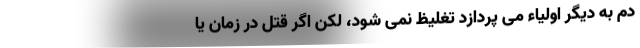
دم به دیگر اولیاء می پردازد تغلیظ نمی شود، لکن اگر قتل در زمان یا